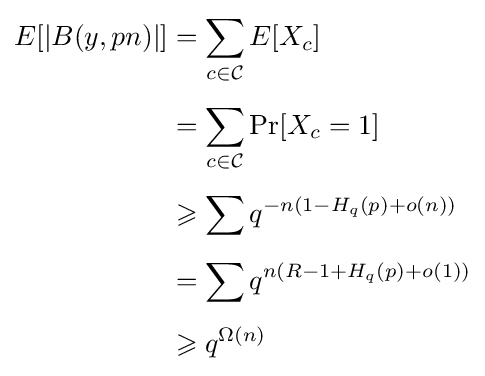
{\begin{aligned}E[|B(y,pn)|]&=\sum _{c\in {\mathcal {C}}}E[X_{c}]\\[4pt]&=\sum _{c\in {\mathcal {C}}}\Pr[X_{c}=1]\\[4pt]&\geqslant \sum q^{-n(1-H_{q}(p)+o(n))}\\[4pt]&=\sum q^{n(R-1+H_{q}(p)+o(1))}\\[4pt]&\geqslant q^{\Omega (n)}\end{aligned}}